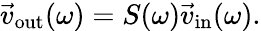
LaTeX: \vec{v}_{\mathrm{out}}(\omega)=S(\omega)\vec{v}_{\mathrm{in}}(\omega).